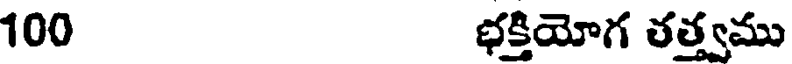
100 భక్తియోగ తత్త్వము